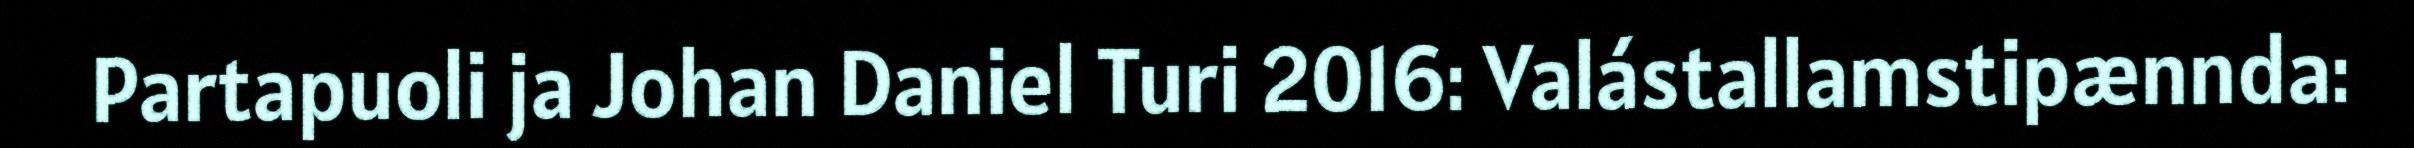
Partapuoli ja Johan Daniel Turi 2016: Valástallamstipænnda: